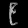
Digit: ၉